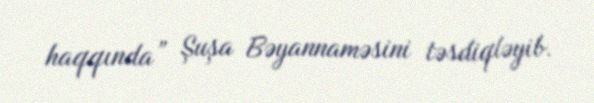
haqqında” Şuşa Bəyannaməsini təsdiqləyib.